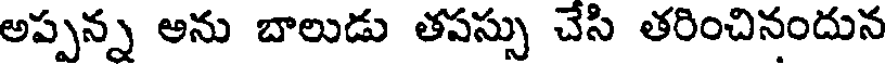
అప్పన్న అను బాలుడు తపస్సు చేసి తరించినందున